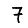
Digit: 7